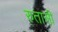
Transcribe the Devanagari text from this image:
रुतासी